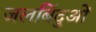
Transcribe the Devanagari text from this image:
जलबिंदुओं